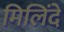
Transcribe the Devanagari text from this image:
मिलिंदे